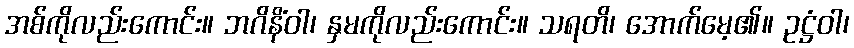
အစ်ကိုလည်းကောင်း။ ဘဂိနိံဝါ၊ နှမကိုလည်းကောင်း။ သရတိ၊ အောက်မေ့၏။ ဥဋ္ဌံဝါ၊